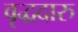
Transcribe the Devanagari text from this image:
वृद्धदारु